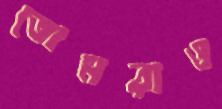
তোমরাও